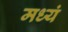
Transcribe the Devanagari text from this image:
मध्यं